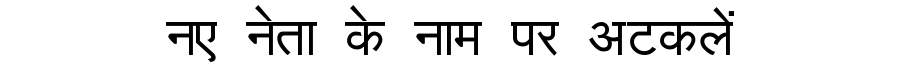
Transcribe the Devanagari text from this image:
नए नेता के नाम पर अटकलें